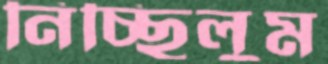
নিচ্ছিলুম